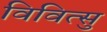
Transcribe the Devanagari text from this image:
विवित्सु